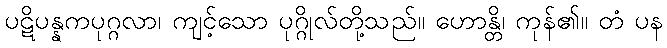
ပဋိပန္နကပုဂ္ဂလာ၊ ကျင့်သော ပုဂ္ဂိုလ်တို့သည်။ ဟောန္တိ၊ ကုန်၏။ တံ ပန